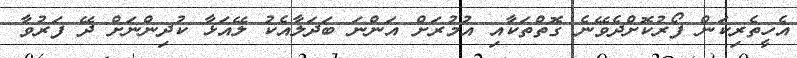
އެހީތެރިކަން ފޯރުކޮށްދެވޭނެ ގޮތްތަކާއި އުމުރަށް އަންނަ ބަދަލާއެކު ލޭއަޅާ ކުދިންނަށް ދޭ ފަރުވާ